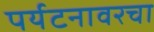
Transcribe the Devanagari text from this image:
पर्यटनावरचा